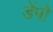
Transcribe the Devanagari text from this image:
डेंपो